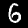
Label: 6